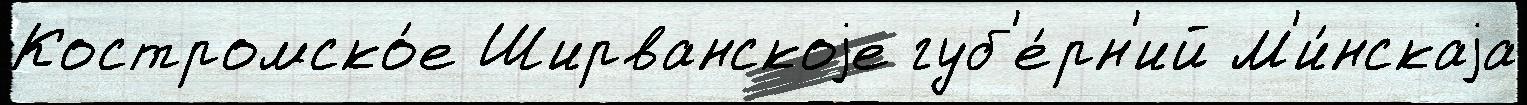
Костромско́е Ширванскоjе губ'е́рн'ий М'и́нскаjа